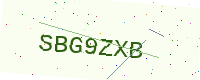
Text: SBG9ZXB